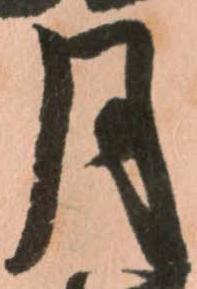
月